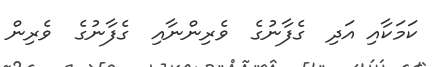
ކަމަކާއި އަދި  ގެފާނުގެ  ވެރިންނާއި  ގެފާނުގެ  ވެރިން